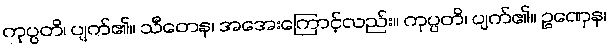
ကုပ္ပတိ၊ ပျက်၏။ သီတေန၊ အအေးကြောင့်လည်း။ ကုပ္ပတိ၊ ပျက်၏။ ဥဏှေန၊